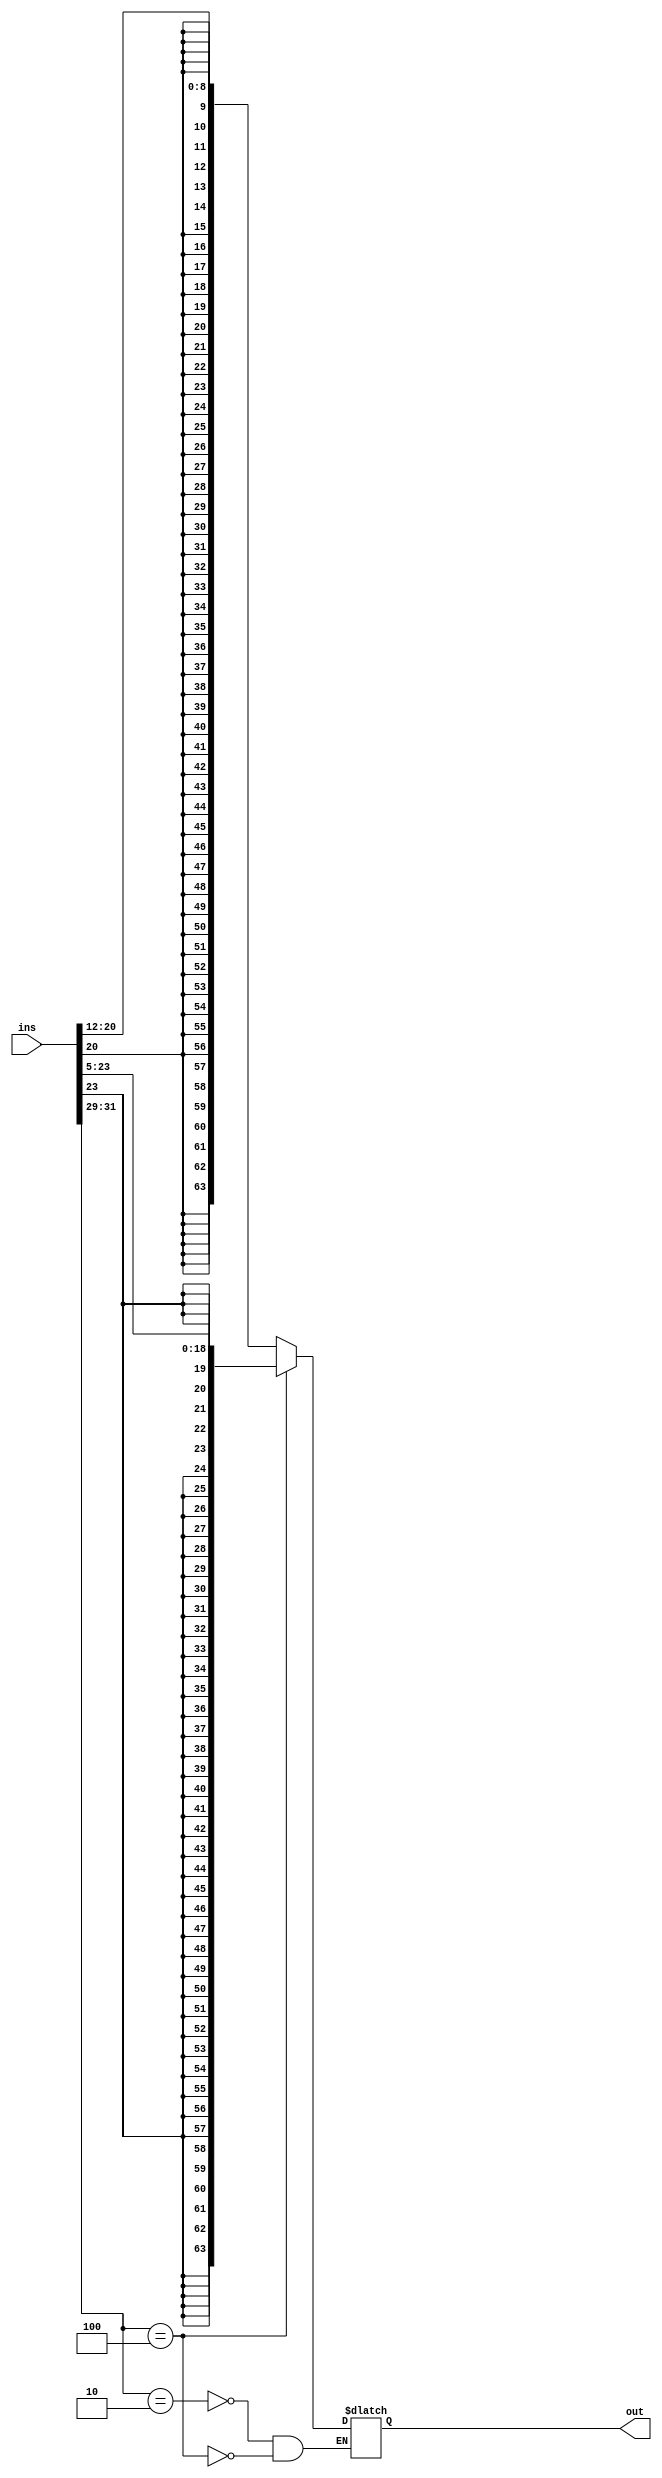
module SignExtend32to64(input [31:0] ins, output reg [63:0] out);
	always @(ins) begin
		case(ins[31:29])
		3'b010: out = { {55{ins[20]}}  , ins[20:12] }; //D-Type
		3'b100: out = { {45{ins[23]}}  , ins[23:5] }; //CBZ
		endcase
	end
endmodule